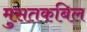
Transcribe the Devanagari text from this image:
मुसतकबिल